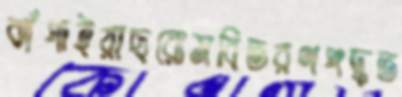
ঝাঁপাইয়াছরোমবিতরণপদ্ধত